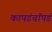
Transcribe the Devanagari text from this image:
कापडंचॉपडं